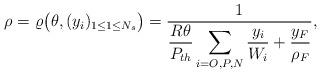
LaTeX: \begin{align*}\rho = \varrho \bigl(\theta,(y_i)_{1\leq 1 \leq N_s}\bigr)= \frac 1 {\displaystyle \frac{R \theta}{P_{th}}\sum_{i=O,P,N} \frac{y_i}{W_i} + \frac{y_F}{\rho_F}},\end{align*}